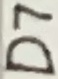
Text: D7